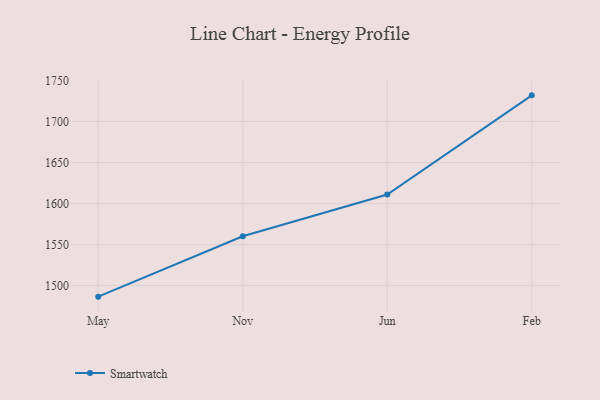
{"axis": {"x": "Month", "y": "Latency (ms)"}, "legend": ["Smartwatch"], "data": [{"x": "May", "y": 1486.5, "type": "Smartwatch"}, {"x": "Nov", "y": 1560.1, "type": "Smartwatch"}, {"x": "Jun", "y": 1611.0, "type": "Smartwatch"}, {"x": "Feb", "y": 1731.9, "type": "Smartwatch"}]}